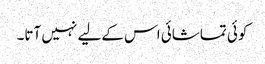
کوئی تماشائی اس کےلیے نہیں آتا۔